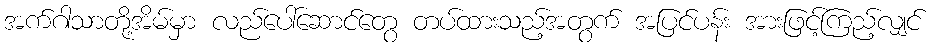
အက်ဂါသာတို့အိမ်မှာ လည်ပေါ်ဆောင်တွေ တပ်ထားသည့်အတွက် အပြင်ပန်း အားဖြင့်ကြည့်လျှင်